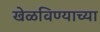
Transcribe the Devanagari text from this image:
खेळविण्याच्या